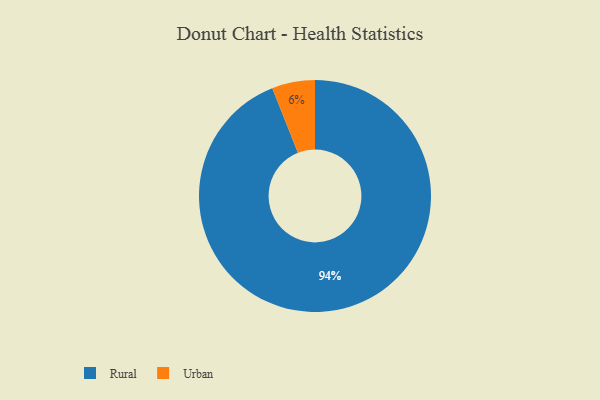
{"axis": {"x": "Category", "y": "Percentage"}, "legend": ["Rural", "Urban"], "data": [{"x": "Urban", "y": 6, "type": "Urban"}, {"x": "Rural", "y": 94, "type": "Rural"}]}